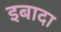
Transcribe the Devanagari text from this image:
इबादा